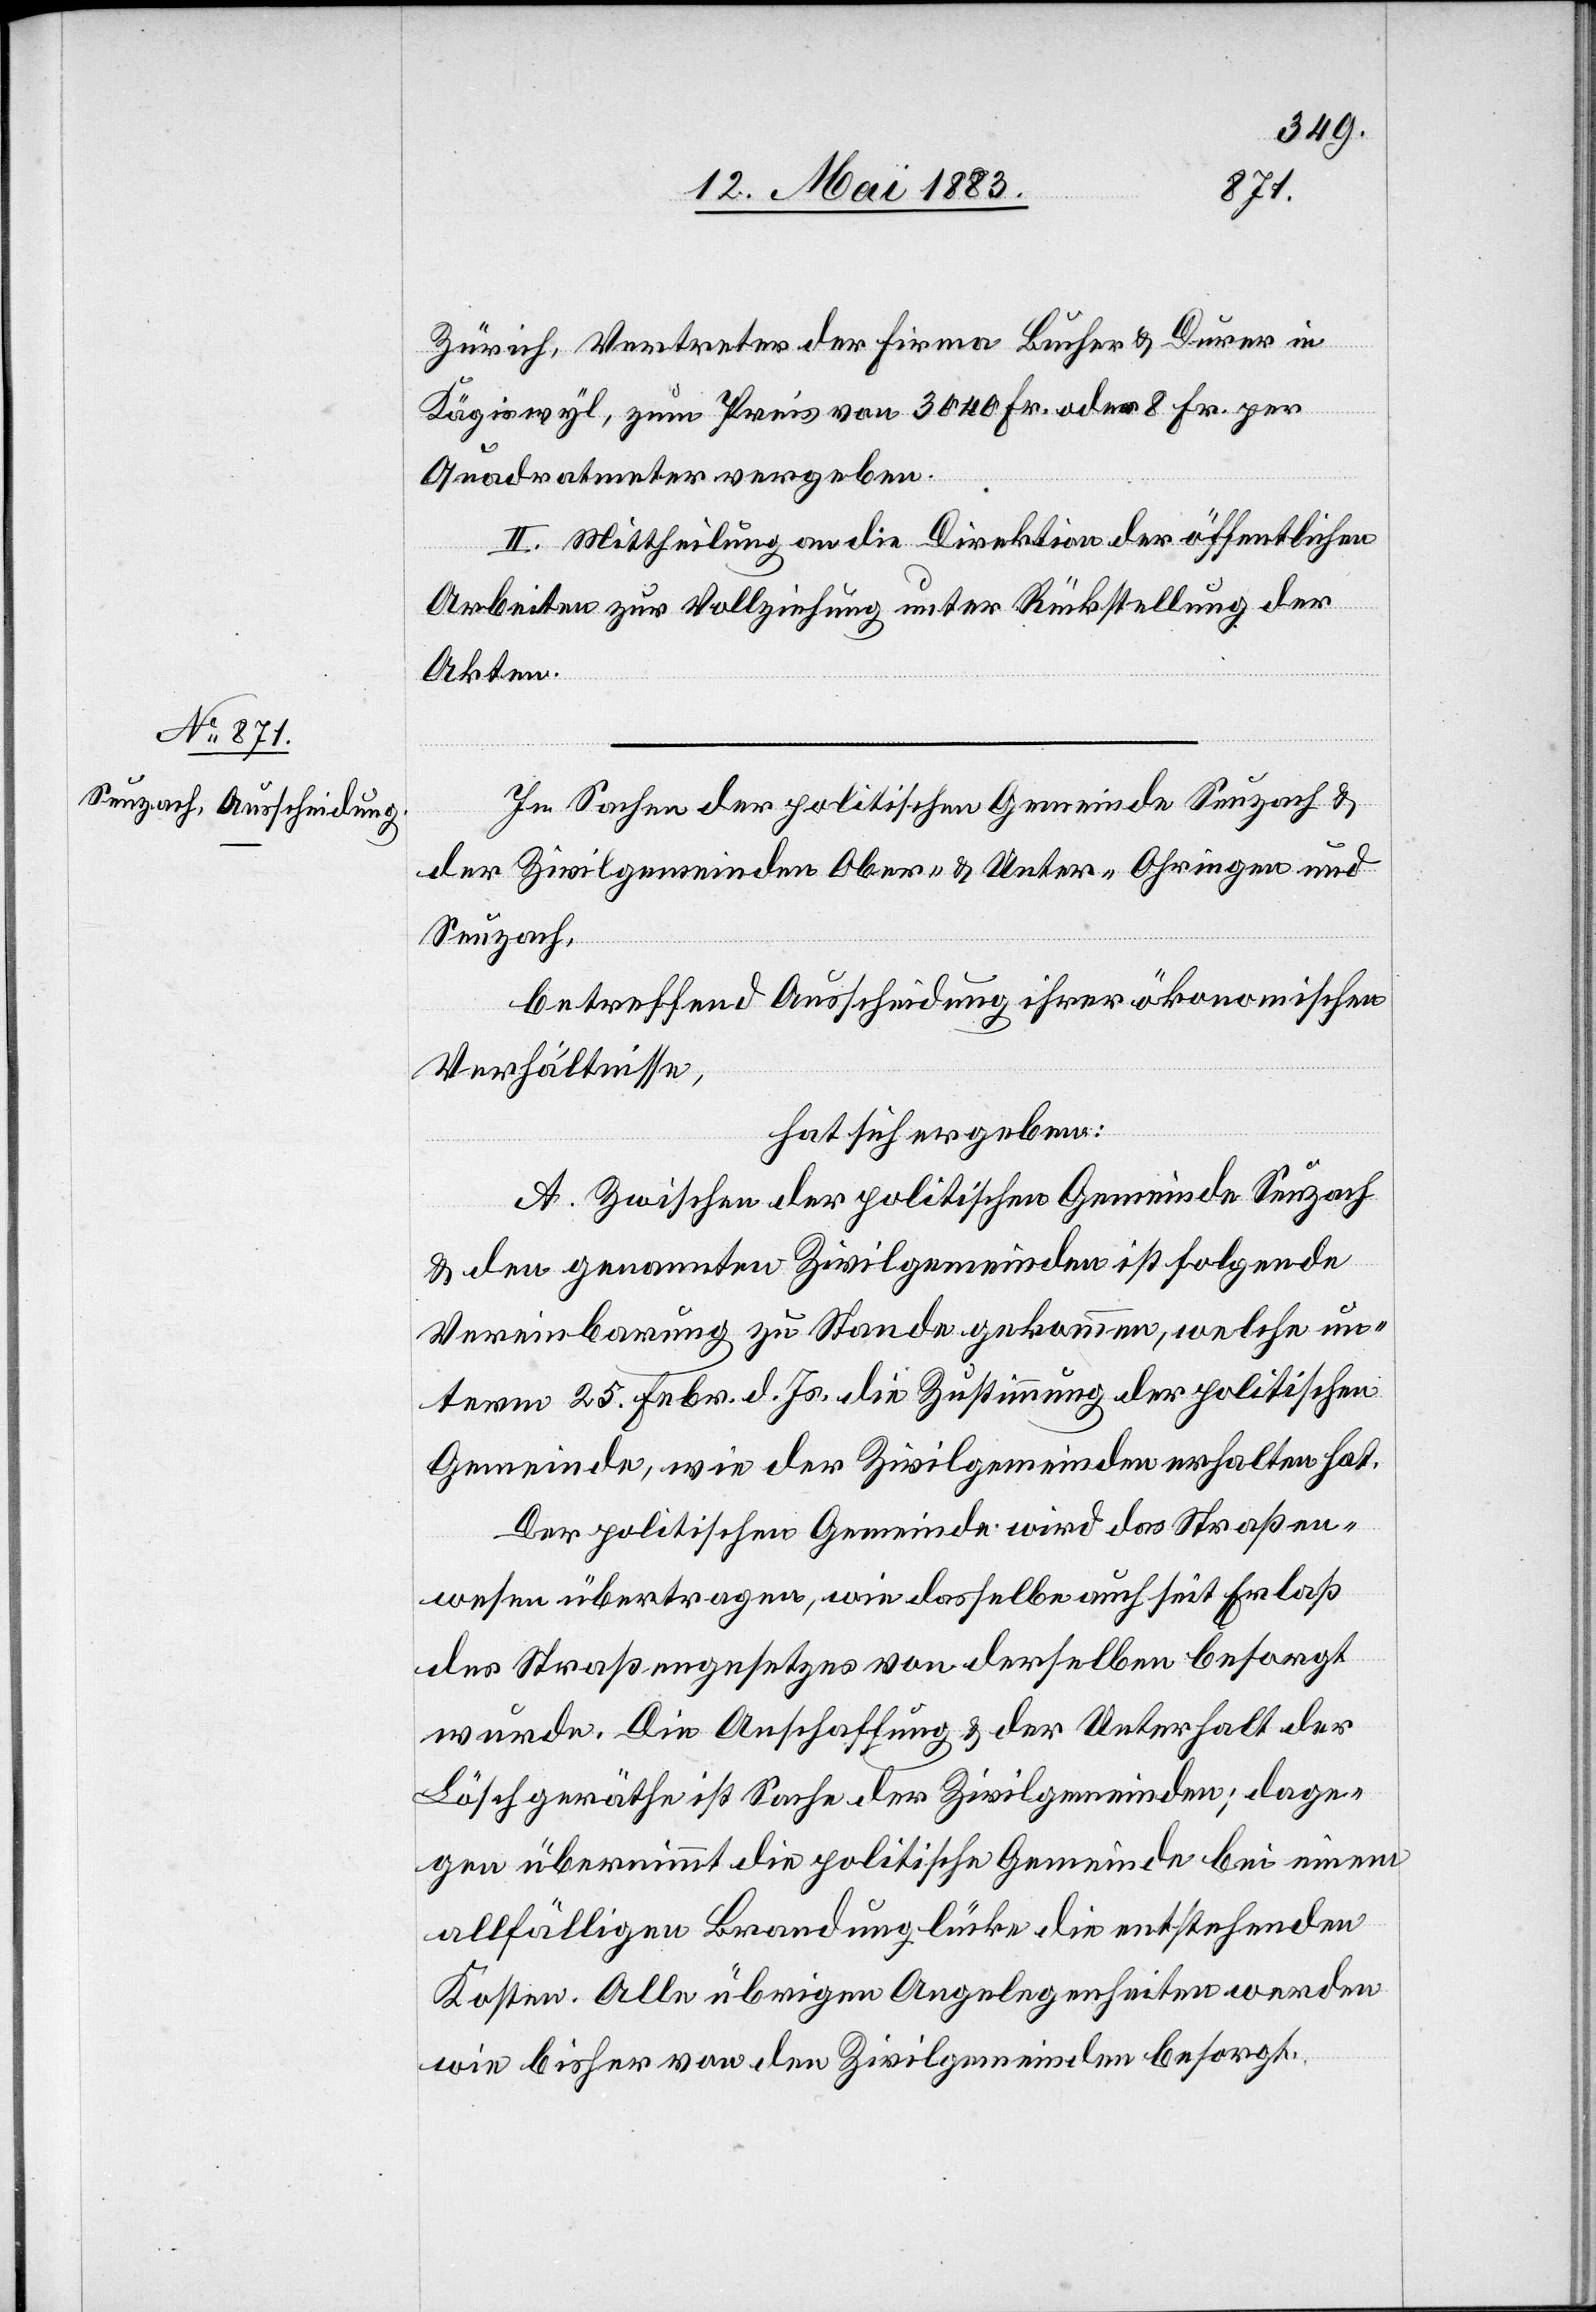
Zürich, Vertreter der Firma Bucher & Durrer in
Kägiswyl, zum Preis von 3040 Fr. oder 8 Fr. per
Quadratmeter vergeben.
II. Mittheilung an die Direktion der öffentlichen
Arbeiten zur Vollziehung unter Rückstellung der
Akten.
In Sachen der politischen Gemeinde Seuzach &
der Zivilgemeinden Ober- & Unter-Ohringen und
Seuzach,
betreffend Ausscheidung ihrer ökonomischen
Verhältnisse,
hat sich ergeben:
A. Zwischen der politischen Gemeinde Seuzach
& den genannten Zivilgemeinden ist folgende
Vereinbarung zu Stande gekommen, welche un¬
term 25. Febr. d. Js. die Zustimmung der politischen
Gemeinde, wie der Zivilgemeinden erhalten hat.
Der politischen Gemeinde wird das Straßen¬
wesen übertragen, wie dasselbe auch seit Erlaß
des Straßengesetzes von derselben besorgt
wurde. Die Anschaffung & der Unterhalt der
Löschgeräthe ist Sache der Zivilgemeinden; dage¬
gen übernimmt die politische Gemeinde bei einem
allfälligen Brandunglücke die entstehenden
Kosten. Alle übrigen Angelegenheiten werden
wie bisher von den Zivilgemeinden besorgt.